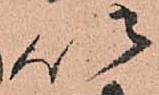
以